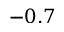
- 0 . 7